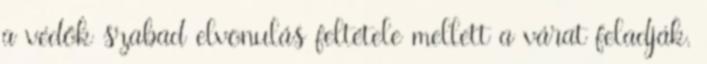
a védők szabad elvonulás feltétele mellett a várat feladják.